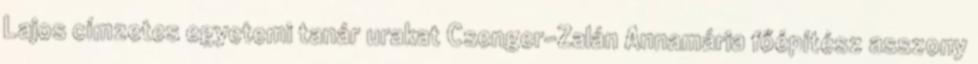
Lajos címzetes egyetemi tanár urakat Csenger-Zalán Annamária főépítész asszony